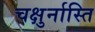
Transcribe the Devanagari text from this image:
चक्षुर्नास्ति